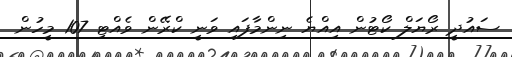
ސައުދީ ރޯޔަލް ކޯޓުން އިއްޔެ ނިންމާފައި ވަނީ ކްރޭން ވެއްޓި 107 މީހުން